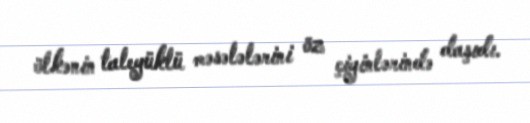
ölkənin taleyüklü məsələlərini öz çiyinlərində daşıdı.